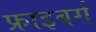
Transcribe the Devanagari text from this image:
फ्राइबर्ग